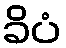
ခိပံ